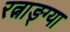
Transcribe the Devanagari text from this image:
रत्नाङ्ग्या